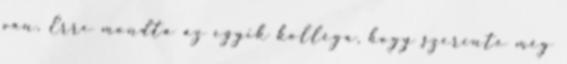
van. Erre mondta az egyik kolléga, hogy szerinte még